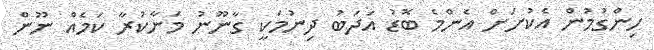
ހިންގުމުން އެކުށަށް އެންމެ ބޮޑު އަދަބު ދިނުމަކީ ގާނޫނު މަނާކުރާ ކަމެއް ނޫން